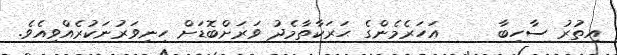
އިތުރު ސާހިބާ     އަހަރެމެންގެ ޙަރަކާތާމެދު ވަރަށްބޮޑަށް ހިނިވަރުނަކުރެއްވިއެވެ.